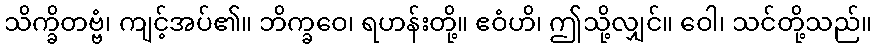
သိက္ခိတဗ္ဗံ၊ ကျင့်အပ်၏။ ဘိက္ခဝေ၊ ရဟန်းတို့။ ဧဝံဟိ၊ ဤသို့လျှင်။ ဝေါ၊ သင်တို့သည်။